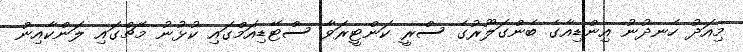
މިއަދު ހެނދުނު އިންޑިއާގެ ބެންގަލޫރުގެ ސްރީ ކަންޓީރަވާ ސްޓޭޑިއަމްގައި ކުޅުނު މެޗްގައި ލަންކާއިން